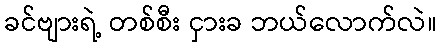
ခင်ဗျားရဲ့ တစ်စီး ငှားခ ဘယ်လောက်လဲ။